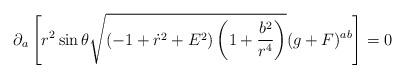
LaTeX: \begin{align*}\partial_a \left[ r^2 \sin\theta \sqrt{(-1+\dot{r}^2+E^2)\left(1+\frac{b^2}{r^4}\right)} (g+F)^{ab} \right]=0\end{align*}